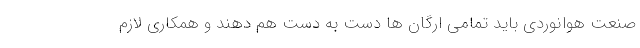
صنعت هوانوردی باید تمامی ارگان ها دست به دست هم دهند و همکاری لازم